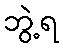
ဘွဲ့ရ